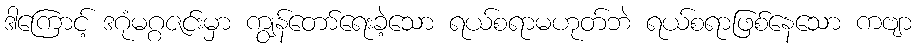
ဒါကြောင့် ဒဂုံမဂ္ဂဇင်းမှာ ကျွန်တော်ရေးခဲ့သော ရယ်စရာမဟုတ်ဘဲ ရယ်စရာဖြစ်နေသော ကဗျာ